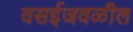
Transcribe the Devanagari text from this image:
वसईजवळील